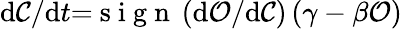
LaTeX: \mathrm{d}\mathcal{C}/\mathrm{d}t{=}\mathrm{~s~i~g~n~}\left(\mathrm{d}\mathcal{O}/\mathrm{d}\mathcal{C}\right)\left(\gamma-\beta\mathcal{O}\right)